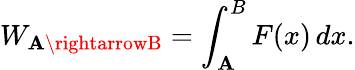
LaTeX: W_{\mathbf{A}\rightarrowB}=\int_{\mathbf{A}}^{B}F(x)\, dx.